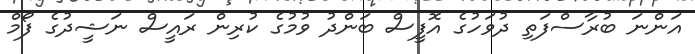
އަންނަ ބުރާސްފަތި ދުވަހުގެ އޮފީސް ބަންދު ވުމުގެ ކުރިން ރައީސް ނަޝީދުގެ ފޯމް